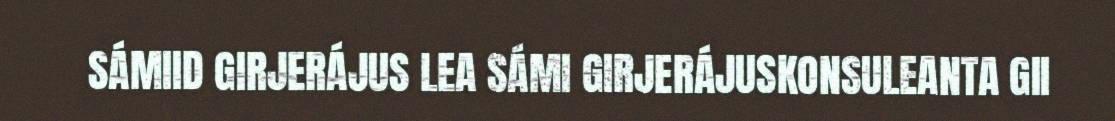
SÁMIID GIRJERÁJUS LEA SÁMI GIRJERÁJUSKONSULEANTA GII